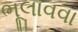
ભૂલાવવા